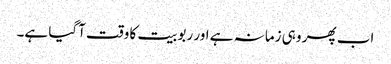
اب پھر وہی زمانہ ہے اور ربوبیت کا وقت آگیا ہے۔